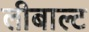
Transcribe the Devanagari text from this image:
लीबाल्ट